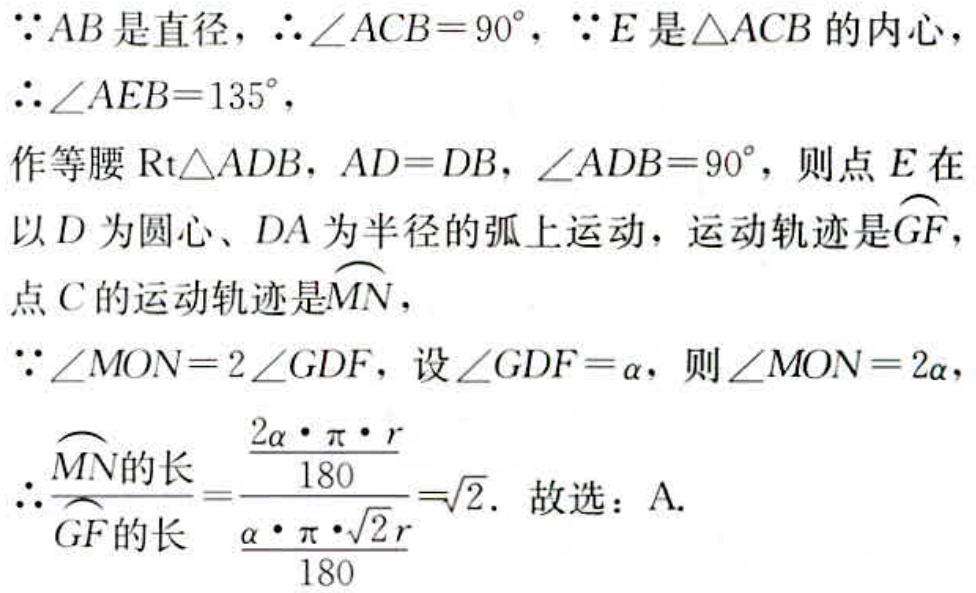
\(\because AB\text{是直径}，\therefore\angle ACB = 90^{\circ}，\because E\text{是}\triangle ACB\text{的内心}，\)
\(\therefore\angle AEB = 135^{\circ}，\)
\(\text{作等腰}\mathrm{Rt}\triangle ADB，AD = DB，\angle ADB = 90^{\circ}，\text{则点}E\text{在}\)
\(\text{以}D\text{为圆心}、DA\text{为半径的弧上运动，运动轨迹是}\overset{\frown}{GF}，\)
\(\text{点}C\text{的运动轨迹是}\overset{\frown}{MN}，\)
\(\because\angle MON = 2\angle GDF，\text{设}\angle GDF=\alpha，则\angle MON = 2\alpha，\)
\(\therefore\frac{\overset{\frown}{MN}\text{的长}}{\overset{\frown}{GF}\text{的长}}=\frac{\frac{2\alpha\cdot\pi\cdot r}{180}}{\frac{\alpha\cdot\pi\cdot\sqrt{2}r}{180}}=\sqrt{2}.\text{ 故选：A.}\)